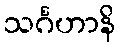
သင်္ဂဟာနိ